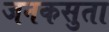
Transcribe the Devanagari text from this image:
जनकसुता